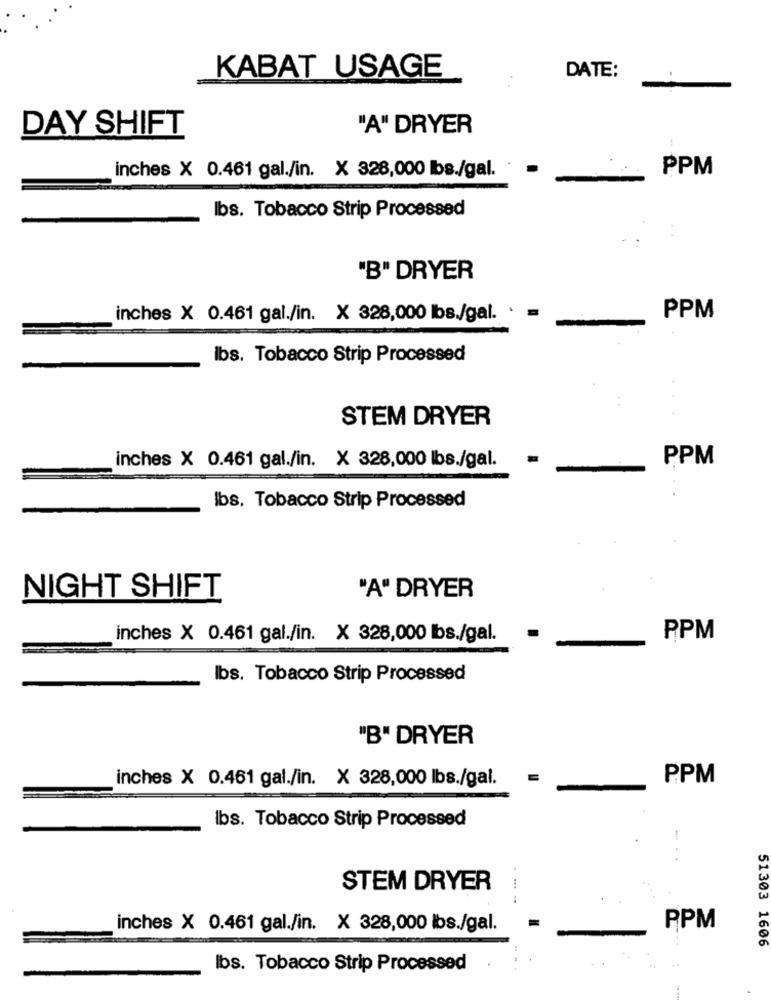
KABAT USAGE
DATE:
DAY SHIFT
"A" DRYER
inches X 0.461 gal./in. X 328,000 lbs./gal.
PPM
lbs. Tobacco Strip Processed
"B" DRYER
inches X 0.461 gal./in. X 328,000 lbs./gal.
PPM
lbs. Tobacco Strip Processed
STEM DRYER
inches X 0.461 gal./in. X 328,000 lbs./gal.
PPM
lbs. Tobacco Strip Processed
"A" DRYER
NIGHT SHIFT
inches X 0.461 gal./in. X 328,000 lbs./gal.
PPM
lbs. Tobacco Strip Processed
"B" DRYER
inches X 0.461 gal./in. X 328,000 lbs./gal.
PPM
lbs. Tobacco Strip Processed
STEM DRYER
...
inches X 0.461 gal./in. X 328,000 lbs./gal.
PPM
51303 1606
lbs. Tobacco Strip Processed